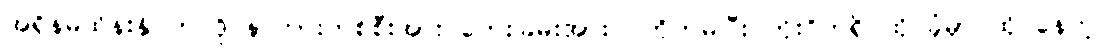
အရှိန်မထိန်းနိုင်ဘဲ ဒိုင်နာကားတစ်စီးအား ဘေးခြမ်းအားဝင်တိုက်မိပြီး တိုးဂိတ်ရှိ ထိုင်ခုံမှာ ထိုင်နေတဲ့